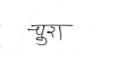
मजकूर: चुरा